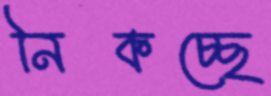
নিকচ্ছে